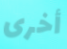
أخرى